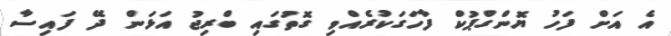
އެ އަށް ފަހު ޔޮންގްޕުކް ފާހަގަކުރެއްވި ގޮތުގައި ބްރިޖު އަޅަން ދޭ ފައިސާ